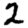
Digit: 2